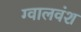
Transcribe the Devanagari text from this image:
ग्वालवंश